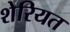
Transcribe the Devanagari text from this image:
शेरियत